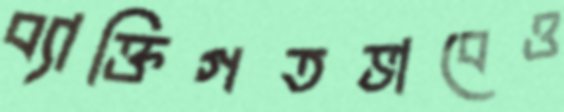
ব্যাক্তিগতভাবেও